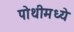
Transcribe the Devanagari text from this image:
पोथीमध्ये